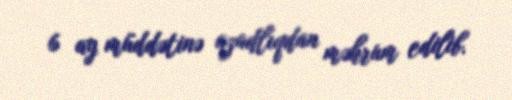
6 ay müddətinə azadlıqdan məhrum edilib.